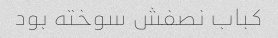
کباب نصفش سوخته بود